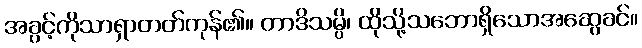
အခွင့်ကိုသာရှာတတ်ကုန်၏။ တာဒိသမ္ပိ၊ ထိုသို့သဘောရှိသောအဆွေခင်။